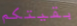
بقيتكم